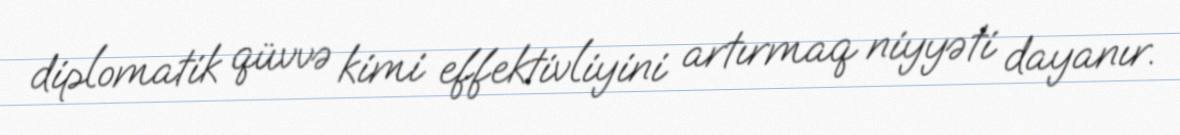
diplomatik qüvvə kimi effektivliyini artırmaq niyyəti dayanır.